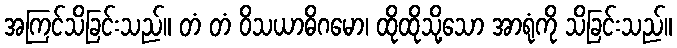
အကြင်သိခြင်းသည်။ တံ တံ ဝိသယာဓိဂမော၊ ထိုထိုသို့သော အာရုံကို သိခြင်းသည်။